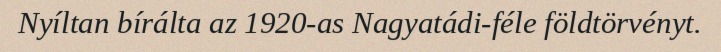
Nyíltan bírálta az 1920-as Nagyatádi-féle földtörvényt.